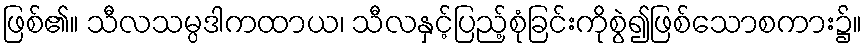
ဖြစ်၏။ သီလသမ္ပဒါကထာယ၊ သီလနှင့်ပြည့်စုံခြင်းကိုစွဲ၍ဖြစ်သောစကား၌။